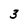
Character: 3